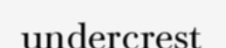
undercrest